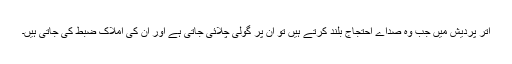
اتر پردیش میں جب وہ صداے احتجاج بلند کرتے ہیں تو ان پر گولی چلائی جاتی ہے اور ان کی املاک ضبط کی جاتی ہیں۔